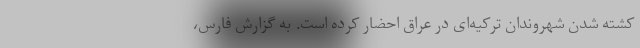
کشته شدن شهروندان ترکیه‌ای در عراق احضار کرده است. به گزارش فارس،